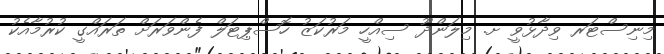
މިނިސްޓަރ ވިދާޅުވީ ށ. މިލަންދޫ ސިއްހީ މަރުކަޒު ހޮސްޕިޓަލް ފެންވަރަށް ތަރައްގީ ކުރުމާއެކު